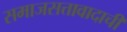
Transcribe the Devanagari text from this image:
समाजसत्तावादाची